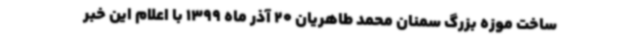
ساخت موزه بزرگ سمنان محمد طاهریان 20 آذر ماه 1399 با اعلام این خبر